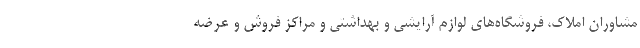
مشاوران املاک، فروشگاه‌های لوازم آرایشی و بهداشتی و مراکز فروش و عرضه